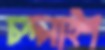
চন্দনাইশ